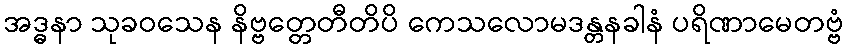
အဒ္ဓနာ သုခဝသေန နိဗ္ဗတ္တေတီတိပိ ကေသလောမဒန္တနခါနံ ပရိဏာမေတဗ္ဗံ